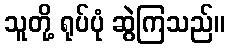
သူတို့ ရုပ်ပုံ ဆွဲကြသည်။